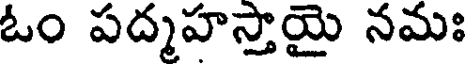
ఓం పద్మహస్తాయై నమః